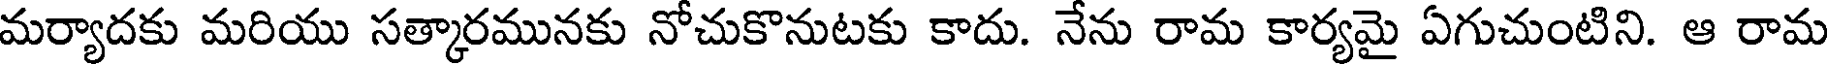
మర్యాదకు మరియు సత్కారమునకు నోచుకొనుటకు కాదు. నేను రామ కార్యమై ఏగుచుంటిని. ఆ రామ